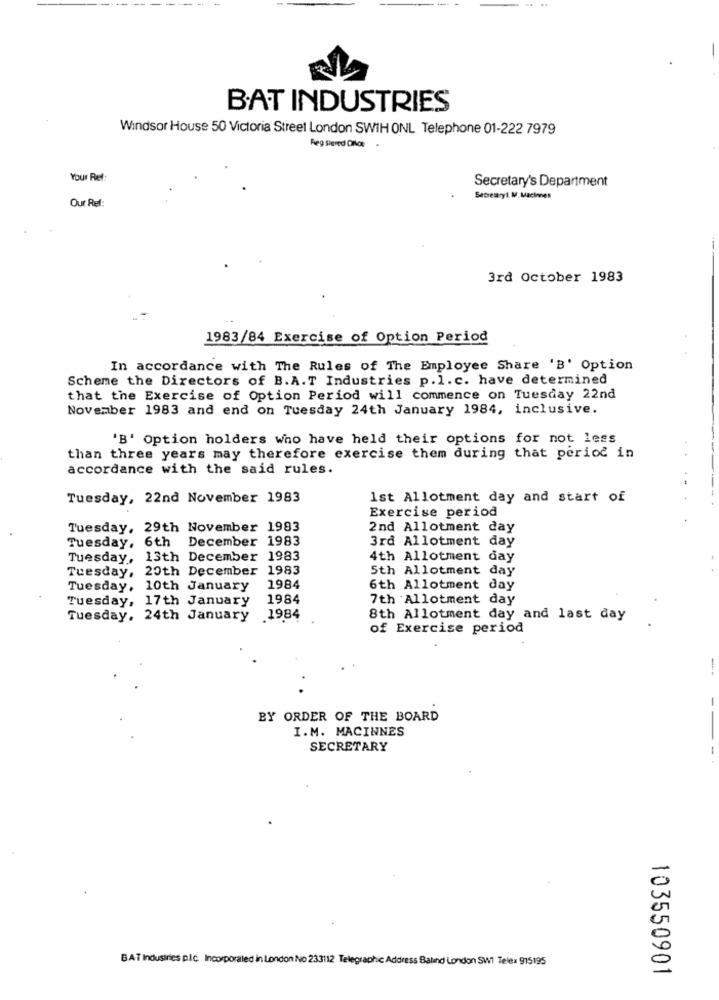
BAT INDUSTRIES
Windsor House 50 Victoria Street London SWIH ONL Telephone 01-222 7979
Reg Siered Diflot
Your Ref:
Secretary's Department
Secretaryl. M/, Macinnes
Our Ref
3rd October 1983
1983/84 Exercise of Option Period
In accordance with The Rules of The Employee Share 'B' Option
Scheme the Directors of B.A.T Industries p.l.c. have determined
that the Exercise of Option Period will commence on Tuesday 22nd
November 1983 and end on Tuesday 24th January 1984, inclusive.
'B' Option holders who have held their options for not less
than three years may therefore exercise them during that period in
accordance with the said rules.
Tuesday, 22nd November 1983
1st Allotment day and start of
Exercise period
Tuesday, 29th November 1983
2nd Allotment day
Tuesday, 6th
December 1983
3rd Allotment day
Tuesday, 13th December 1983
4th Allotment day
Tuesday, 20th December 1983
5th Allotment day
Tuesday, 10th January
1984
6th Allotment day
Tuesday, 17th January
1984
7th Allotment day
Tuesday, 24th January 1984
8th Allotment day and last day
of Exercise period
--
BY ORDER OF THE BOARD
--
I.M. MACINNES
SECRETARY
-
0
BAT Industries plc. Incorporated in London No 233112 Telegraphic Address Baland London SW1 Tele: 915195
=
103550901